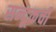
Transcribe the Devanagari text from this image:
सन्दूकची